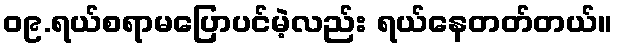
၀၉.ရယ်စရာမပြောပင်မဲ့လည်း ရယ်နေတတ်တယ်။